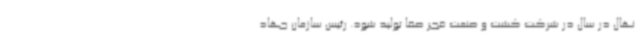
نهال در سال در شرکت کشت و صنعت فجر صفا تولید شود. رئیس سازمان جهاد